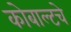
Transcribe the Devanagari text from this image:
कोबाल्टचे